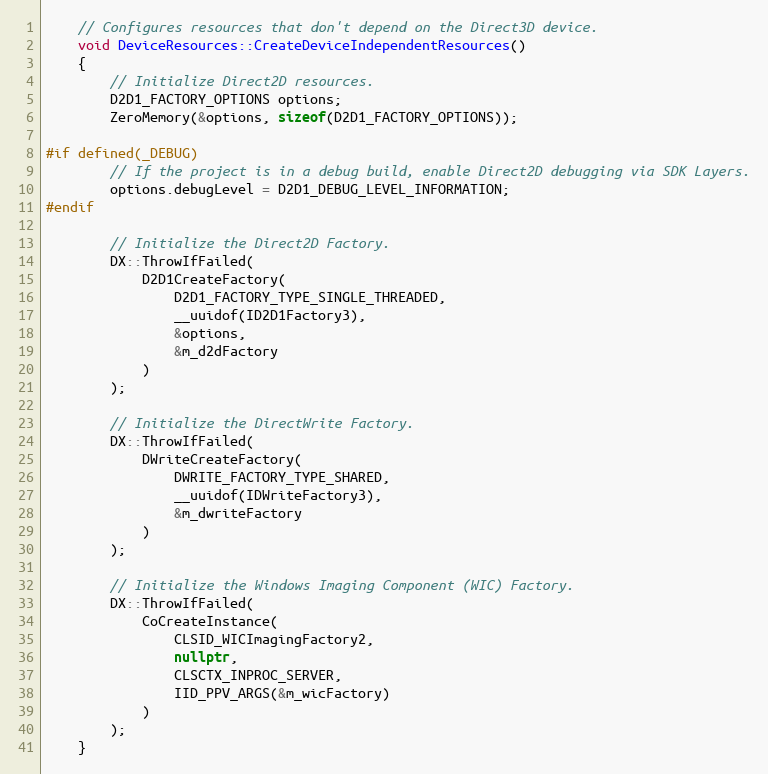
Language: C++
    // Configures resources that don't depend on the Direct3D device.
    void DeviceResources::CreateDeviceIndependentResources()
    {
        // Initialize Direct2D resources.
        D2D1_FACTORY_OPTIONS options;
        ZeroMemory(&options, sizeof(D2D1_FACTORY_OPTIONS));

#if defined(_DEBUG)
        // If the project is in a debug build, enable Direct2D debugging via SDK Layers.
        options.debugLevel = D2D1_DEBUG_LEVEL_INFORMATION;
#endif

        // Initialize the Direct2D Factory.
        DX::ThrowIfFailed(
            D2D1CreateFactory(
                D2D1_FACTORY_TYPE_SINGLE_THREADED,
                __uuidof(ID2D1Factory3),
                &options,
                &m_d2dFactory
            )
        );

        // Initialize the DirectWrite Factory.
        DX::ThrowIfFailed(
            DWriteCreateFactory(
                DWRITE_FACTORY_TYPE_SHARED,
                __uuidof(IDWriteFactory3),
                &m_dwriteFactory
            )
        );

        // Initialize the Windows Imaging Component (WIC) Factory.
        DX::ThrowIfFailed(
            CoCreateInstance(
                CLSID_WICImagingFactory2,
                nullptr,
                CLSCTX_INPROC_SERVER,
                IID_PPV_ARGS(&m_wicFactory)
            )
        );
    }